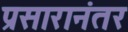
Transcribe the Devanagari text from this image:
प्रसारानंतर